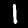
Label: 1